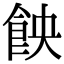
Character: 䬬